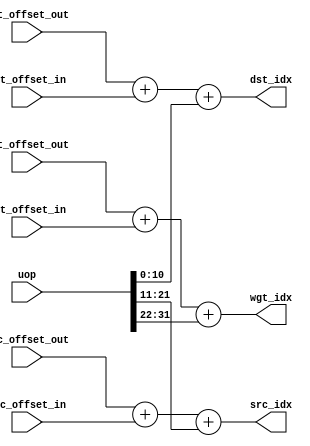
/*
instruction field
   ------------------------------------
    size    field       field name
   ------------------------------------
    3       [2:0]       opcode
    1       [3]         pop_prev_dep
    1       [4]         pop_next_dep
    1       [5]         push_prev_dep
    1       [6]         push_next_dep
    1       [7]         reset_reg
    13      [20:8]      uop_bgn
    14      [34:21]     uop_end
    14      [48:35]     iter_out
    14      [62:49]     iter_in
    11      [73:63]     dst_factor_out
    11      [84:74]     dst_factor_in
    11      [95:85]     src_factor_out
    11      [106:96]    src_factor_in
    10      [116:107]   wgt_factor_out
    10      [126:117]   wgt_factor_in
    1       [127]       *unused
   ------------------------------------
      
micro-op field
   ---------------------------------------
    size    field       field name
   ---------------------------------------
    11      [10:0]      accumulator index
    11      [21:11]     input index
    10      [31:22]     weight index
   ---------------------------------------
*/

module idx_decode (
  input  wire [31:0] uop,
  input  wire [10:0] dst_offset_out,
  input  wire [10:0] src_offset_out,
  input  wire [9:0]  wgt_offset_out,
  input  wire [10:0] dst_offset_in,
  input  wire [10:0] src_offset_in,
  input  wire [9:0]  wgt_offset_in,
  output wire [11:0] dst_idx, // accum tensor index
  output wire [11:0] src_idx, // input tensor index
  output wire [10:0] wgt_idx  // weight tensor index
);
  
  wire [10:0] x = uop[10:0];  // uop_acc_index
  wire [10:0] y = uop[21:11]; // uop_inp_index
  wire [9:0]  z = uop[31:22]; // uop_wgt_index
  
  wire [10:0] x0 = dst_offset_out; // dst_factor_out
  wire [10:0] x1 = dst_offset_in;  // dst_factor_in
  wire [10:0] y0 = src_offset_out; // src_factor_out
  wire [10:0] y1 = src_offset_in;  // src_factor_in
  wire [9:0]  z0 = wgt_offset_out; // wgt_factor_out
  wire [9:0]  z1 = wgt_offset_in;  // wgt_factor_in
  
  assign dst_idx = x0 + x1 + x;
  assign src_idx = y0 + y1 + y;
  assign wgt_idx = z0 + z1 + z;

endmodule